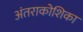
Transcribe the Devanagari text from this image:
अंतराकोशिका